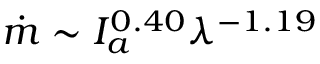
\dot { m } \sim I _ { a } ^ { 0 . 4 0 } { \lambda ^ { - 1 . 1 9 } }